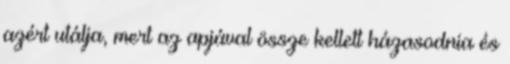
azért utálja, mert az apjával össze kellett házasodnia és